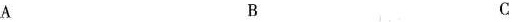
A B C